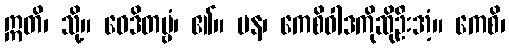
ဣတိ၊ သို့။ ဝေဒိတဗ္ဗံ၊ ၏။ ပန၊ ကေစိဝါဒကိုဆိုဦးအံ့။ ကေစိ၊